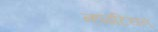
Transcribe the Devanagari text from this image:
न्हाइटियन्